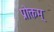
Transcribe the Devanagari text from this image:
प्रोक्तम्